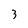
Character: 3